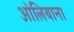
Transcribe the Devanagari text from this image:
ओलियाना